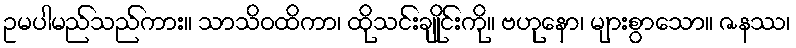
ဥမပါမည်သည်ကား။ သာသိဝထိကာ၊ ထိုသင်းချိုင်းကို။ ဗဟုနော၊ များစွာသော။ ဇနဿ၊